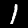
Digit: 1